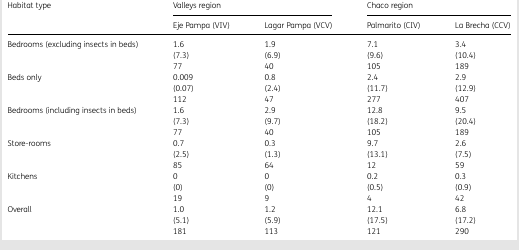
| Habitat type | <COLSPAN=2> Valleys region | <COLSPAN=2> Chaco region |
 |  | Eje Pampa (VIV) | Lagar Pampa (VCV) | Palmarito (CIV) | La Brecha (CCV) |
 | --- | --- | --- | --- | --- |
 | Bedrooms (excluding insects in beds) | 1.6 (7.3) | 1.9 (6.9) | 7.1 (9.6) | 3.4 (10.4) |
 |  | 77 | 40 | 105 | 189 |
 | Beds only | 0.009 (0.07) | 0.8 (2.4) | 2.4 (11.7) | 2.9 (12.9) |
 |  | 112 | 47 | 277 | 407 |
 | Bedrooms (including insects in beds) | 1.6 (7.3) | 2.9 (9.7) | 12.8 (18.2) | 9.5 (20.4) |
 |  | 77 | 40 | 105 | 189 |
 | Store-rooms | 0.7 (2.5) | 0.3 (1.3) | 9.7 (13.1) | 2.6 (7.5) |
 |  | 85 | 64 | 12 | 59 |
 | Kitchens | 0 (0) | 0 (0) | 0.2 (0.5) | 0.3 (0.9) |
 |  | 19 | 9 | 4 | 42 |
 | Overall | 1.0 (5.1) | 1.2 (5.9) | 12.1 (17.5) | 6.8 (17.2) |
 |  | 181 | 113 | 121 | 290 |